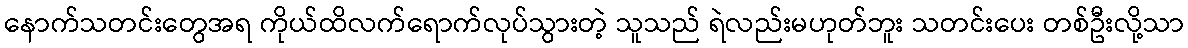
နောက်သတင်းတွေအရ ကိုယ်ထိလက်ရောက်လုပ်သွားတဲ့ သူသည် ရဲလည်းမဟုတ်ဘူး သတင်းပေး တစ်ဦးလို့သာ